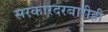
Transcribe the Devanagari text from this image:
सरकारदरबारीही